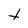
Character: t